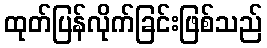
ထုတ်ပြန်လိုက်ခြင်းဖြစ်သည်